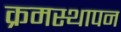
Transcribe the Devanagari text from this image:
क्रमस्थापन